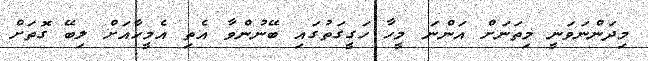
މިދަންނަވަނީ މިތަނަށް އަންނަ މީހާ ހަގީގަތުގައި ބޭނުންވާ އެތި އެމީހާއަށް ލިބޭ ގޮތަށް